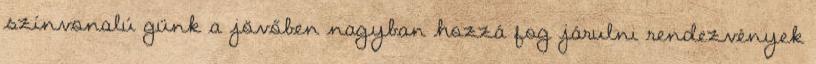
színvonalú günk a jövőben nagyban hozzá fog járulni rendezvények